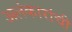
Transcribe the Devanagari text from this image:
अलंकारांची